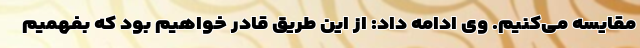
مقایسه می‌کنیم. وی ادامه داد: از این طریق قادر خواهیم بود که بفهمیم